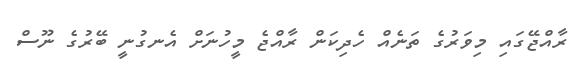
ރާއްޖޭގައި މިވަރުގެ ތަނެއް ހެދިކަން ރާއްޖެ މީހުނަށް އެނގުނީ ބޭރުގެ ނޫސް